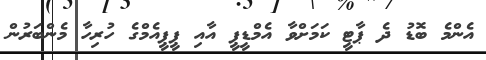
އެންމެ ބޮޑު ދެ ޕާޓީ ކަމަށްވާ އެމްޑީޕީ އާއި ޕީޕީއެމްގެ ހުރިހާ މެންބަރުުން